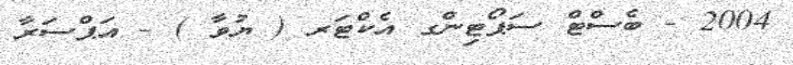
2004 - ބެސްޓް ސަޕޯޓިންގ އެކްޓަރ ( ޔުވާ ) - އަޕްސަރާ